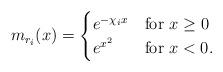
LaTeX: \begin{align*} m_{r_i}(x)=\begin{cases}e^{-\chi_ix} &\mbox{for } x\geq0 \\ e^{x^2} &\mbox{for } x<0.\end{cases}\end{align*}